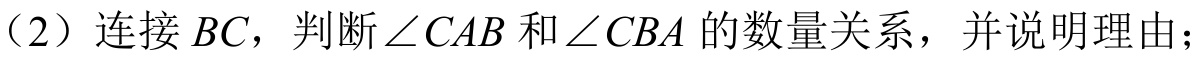
（2）连接\(BC\)，判断\(\angle CAB\)和\(\angle CBA\)的数量关系，并说明理由；